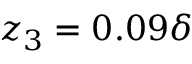
z _ { 3 } = 0 . 0 9 \delta